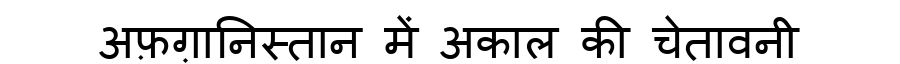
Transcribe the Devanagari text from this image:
अफ़ग़ानिस्तान में अकाल की चेतावनी